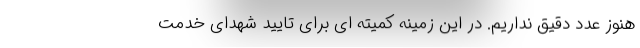
هنوز عدد دقیق نداریم. در این زمینه کمیته ای برای تایید شهدای خدمت